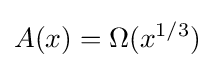
A(x)=\Omega (x^{1/3})